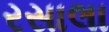
રસાલા